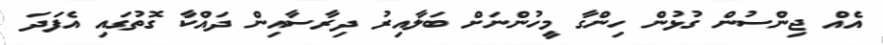
އެއް ޖިންސުން ގުޅުން ހިންގާ މީހުންނަށް ބަލާއިރު ދިރާސާއިން ދައްކާ ގޮތުގައި އެފަދަ